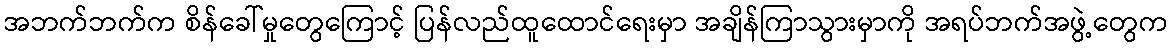
အဘက်ဘက်က စိန်ခေါ်မှုတွေကြောင့် ပြန်လည်ထူထောင်ရေးမှာ အချိန်ကြာသွားမှာကို အရပ်ဘက်အဖွဲ့တွေက